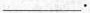
___.